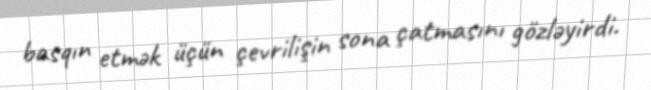
basqın etmək üçün çevrilişin sona çatmasını gözləyirdi.